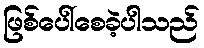
ဖြစ်ပေါ်စေခဲ့ပါသည်